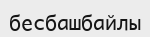
бесбашбайлы